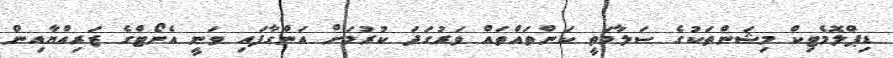
ޑިޕްލޮމެޓިކް މިޝަންތަކުގެ ސަލާމަތީ ކަންތައްތައް ވަރުގަދަ ކުރުމަށް އަންގާފައި ވަނީ އެނޯޓްގެ ޒަރިއްޔާއިން